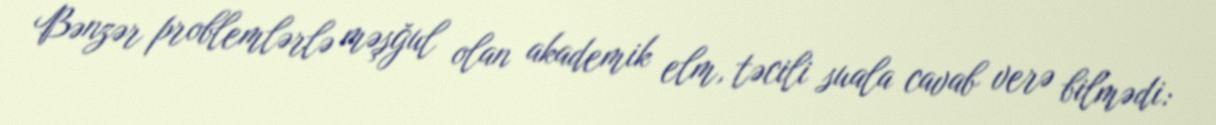
Bənzər problemlərlə məşğul olan akademik elm, təcili suala cavab verə bilmədi: